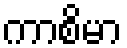
ကာစိမာ